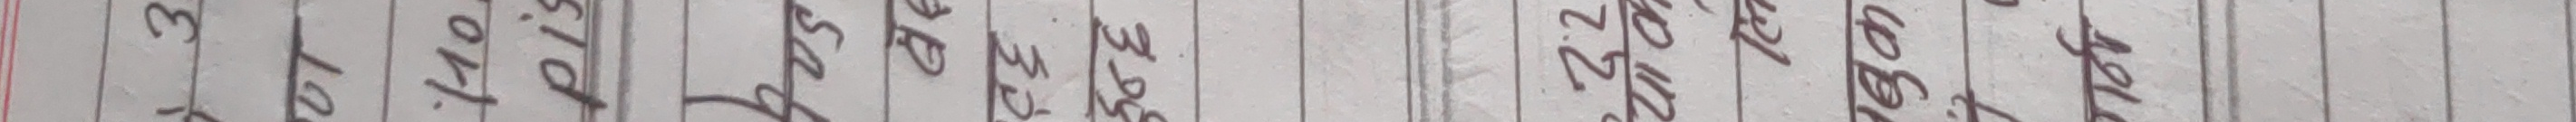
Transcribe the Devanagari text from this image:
पृष्ठ नं. ४
अणुभार
सिटौ ३
३ अणुभार सिटौ ३
ग्राम प्रति मोल
७.२ मोल को द्रव्यमान
= ७.२ ग्राम
प्रति मोल x ग्राम